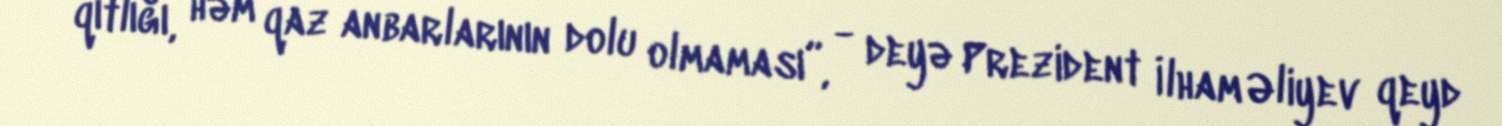
qıtlığı, həm qaz anbarlarının dolu olmaması”, - deyə Prezident İlham Əliyev qeyd